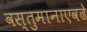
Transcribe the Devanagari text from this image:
वस्तुमानाएवढे